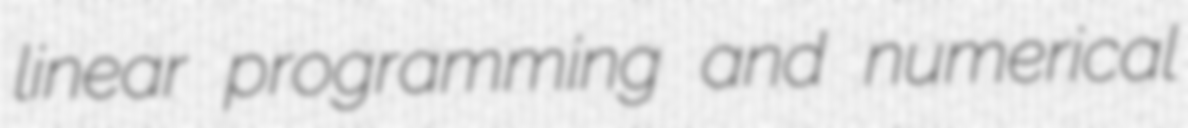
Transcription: linear programming and numerical